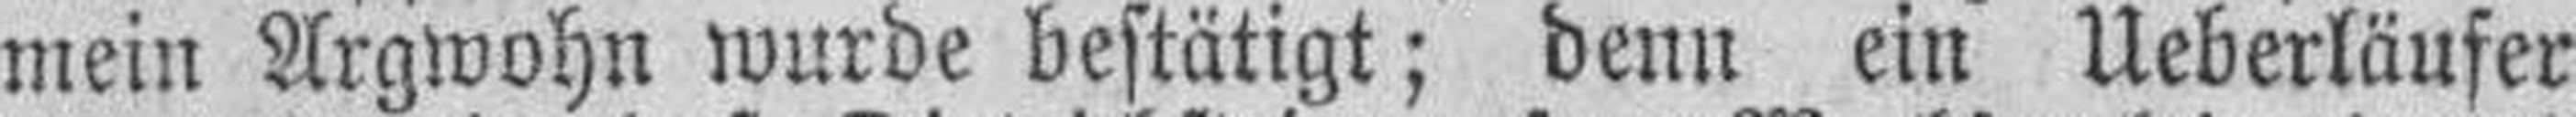
mein Argwohn wurde bestätigt; denn ein Ueberläufer